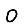
Digit: 0